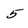
Character: 5